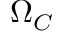
\Omega _ { C }